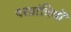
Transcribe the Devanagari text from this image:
परप्रांतियों